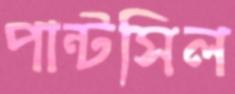
পান্টসিল